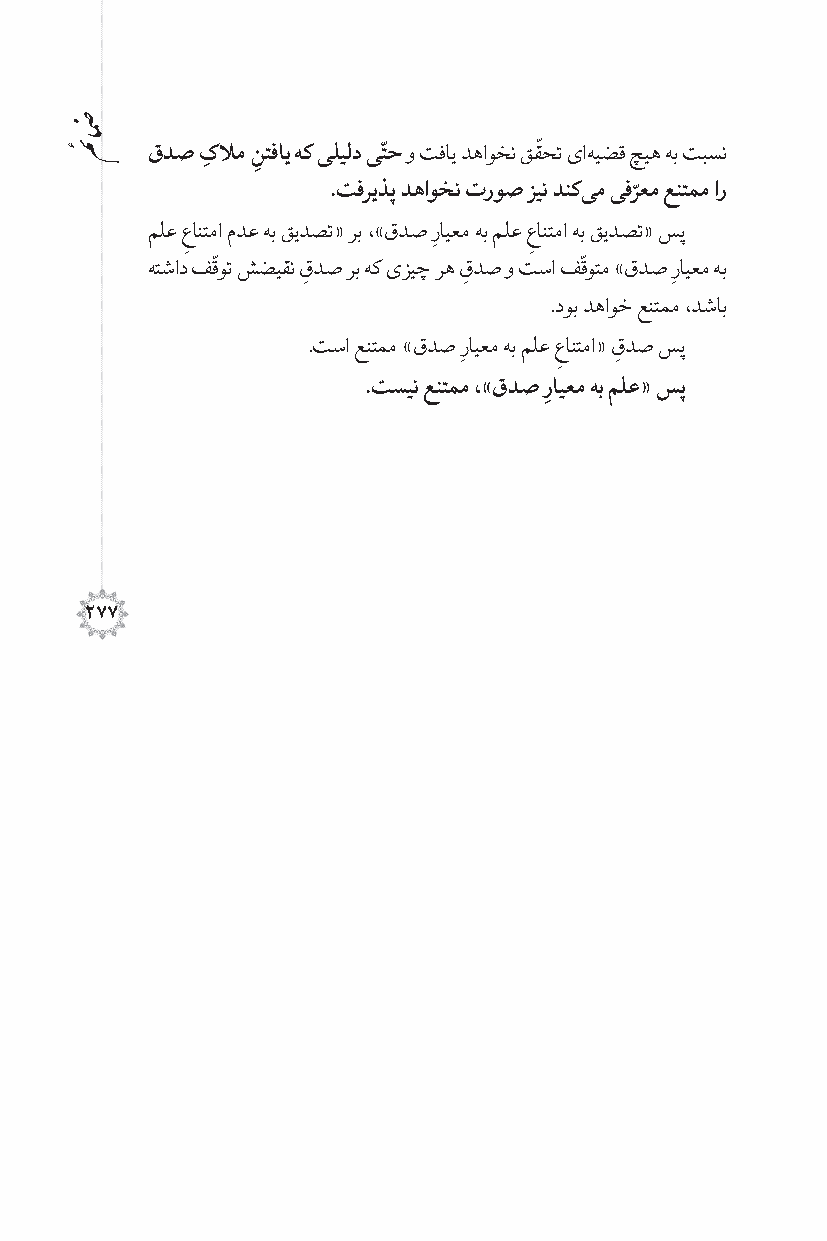
ّ
 ّ
 قدص کلام نتفای هك ىلیلد ىتح و تفای دهاوخن ققحت ىا هیضق چیه هب تبسن
 ِ  ِ
 ّ
 .تفریذپ دهاوخن تروص زین دنك ىم ىفرعم عنتمم ار
 ملع عانتما مدع هب قیدصت« رب ،»قدص رایعم هب ملع عانتما هب قیدصت« سپ
 ِ
 ِ ّ                    ِ   ّ
 هتشاد فقوت شضیقن قدص رب هک ىزیچ ره قدص و تسا فقوتم »قدص رایعم هب
 ِ          ِ             ِ
 .دوب دهاوخ عنتمم ،دشاب
 .تسا عنتمم »قدص رایعم هب ملع عانتما« قدص سپ
 ِ         ِ
 ِ
 .تسین عنتمم ،»قدص رایعم هب ملع« سپ
 ِ
 277